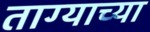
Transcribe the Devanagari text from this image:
ताग्याच्या